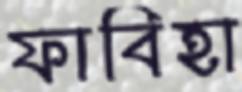
ফাবিহা